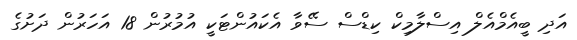
އަދި ބީއެމްއެލް އިސްލާމިކް ކިޑްސް ސޭވާ އެކައުންޓަކީ އުމުރުން 18 އަހަރުން ދަށުގެ